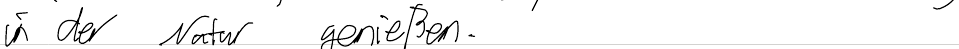
in der Natur genießen.